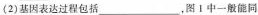
(2)基因表达过程包括___，图1中一般能同